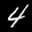
Label: 4